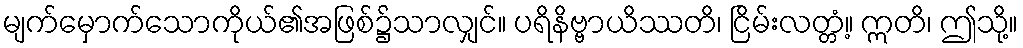
မျက်မှောက်သောကိုယ်၏အဖြစ်၌သာလျှင်။ ပရိနိဗ္ဗာယိဿတိ၊ ငြိမ်းလတ္တံ့။ ဣတိ၊ ဤသို့။